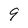
Character: 9